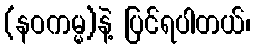
(နဝကမ္မ)နဲ့ ပြင်ရပါတယ်၊